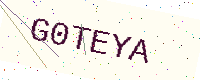
Text: G0TEYA